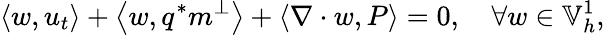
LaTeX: \left\langle w,u_{t}\right\rangle+\left\langle w,q^{*}m^{\perp}\right\rangle+\left\langle\nabla\cdot w,P\right\rangle=0,\quad\forall w\in\mathbb{V}_{h}^{1},